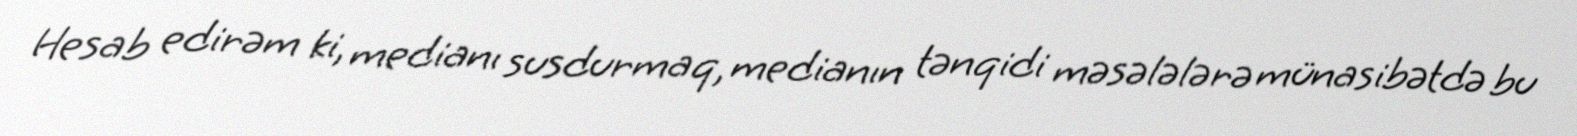
Hesab edirəm ki, medianı susdurmaq, medianın tənqidi məsələlərə münasibətdə bu